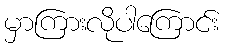
မှာကြားလိုပါကြောင်း